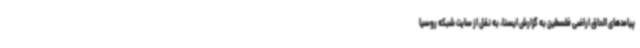
پیامدهای الحاق اراضی فلسطین به گزارش ایسنا، به نقل از سایت شبکه روسیا